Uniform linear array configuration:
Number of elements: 16
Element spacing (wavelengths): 0.25
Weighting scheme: blackman
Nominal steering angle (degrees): -45
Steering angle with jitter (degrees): -44.172
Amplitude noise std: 0.05
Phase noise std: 0.05

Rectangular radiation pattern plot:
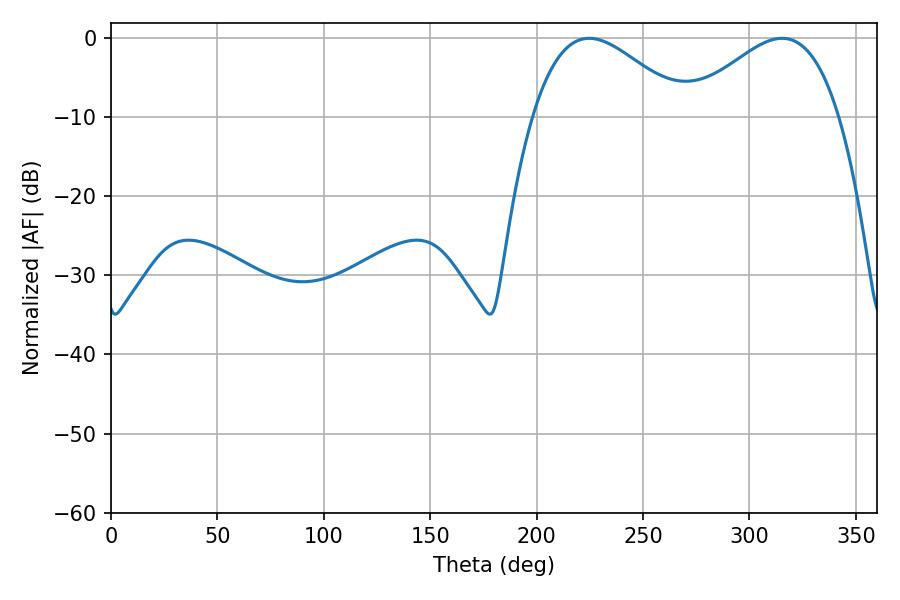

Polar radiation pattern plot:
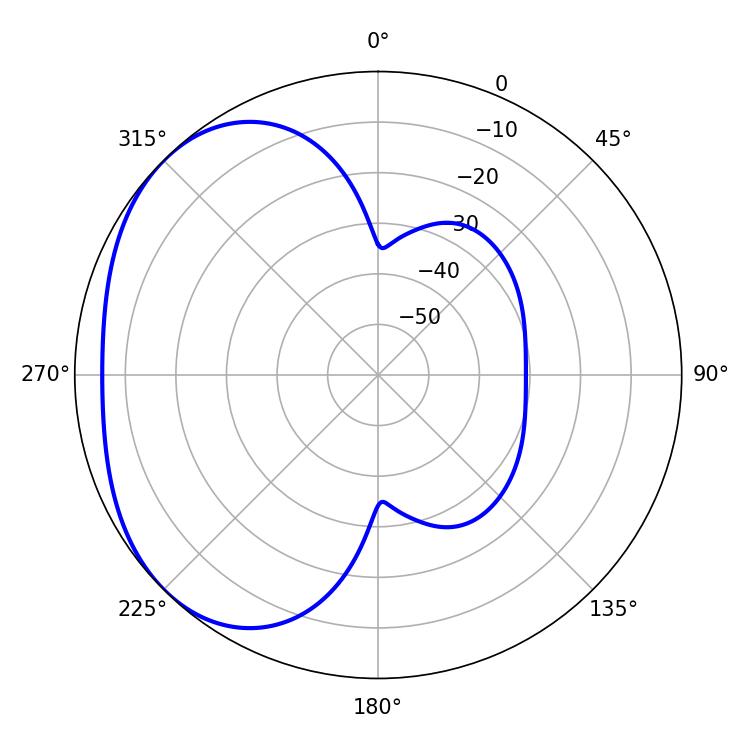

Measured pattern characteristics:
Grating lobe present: FALSE
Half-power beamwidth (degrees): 38.88
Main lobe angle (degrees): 224.64